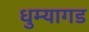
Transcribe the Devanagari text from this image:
धुम्यागड